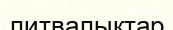
литвалықтар